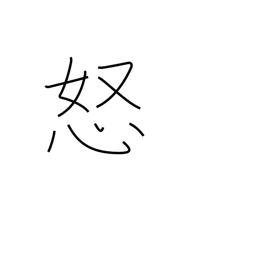
Meaning: be offended